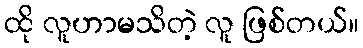
ထို လူဟာမသိတဲ့ လူ ဖြစ်တယ်။